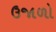
ઉજાળો